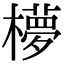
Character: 𬄺